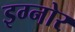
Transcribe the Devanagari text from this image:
इग्नोर